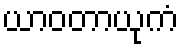
ယာဝတာယုကံ